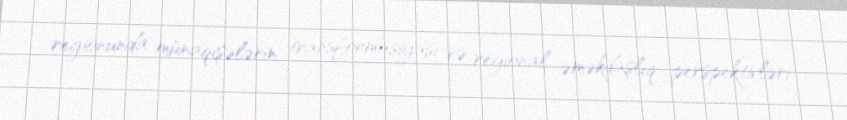
regionunda münaqişələrin transformasiyası və regional əməkdaşlıq perspektivləri